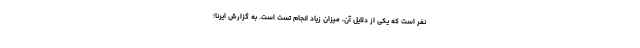
نفر است که یکی از دلایل آن، میزان زیاد انجام تست است. به گزارش ایرنا؛